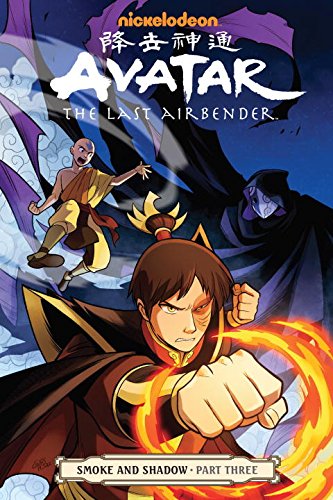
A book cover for Avatar: The Last Airbender-Smoke and Shadow Part Three; Gene Luen Yang; Comics & Graphic Novels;